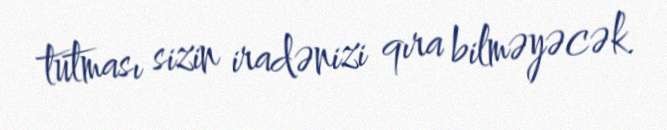
tutması sizin iradənizi qıra bilməyəcək.